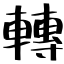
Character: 轉